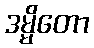
ဒမ္မိတော